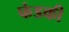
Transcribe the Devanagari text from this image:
फंडकी